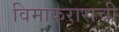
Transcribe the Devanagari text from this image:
विमाकराराची